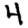
Digit: 4